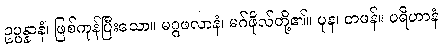
ဥပ္ပန္နာနံ၊ ဖြစ်ကုန်ပြီးသော။ မဂ္ဂဖလာနံ၊ မဂ်ဖိုလ်တို့၏။ ပုန၊ တဖန်။ ပရိဟာနံ